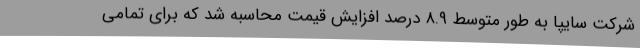
شرکت سایپا به طور متوسط ۸.۹ درصد افزایش قیمت محاسبه شد که برای تمامی